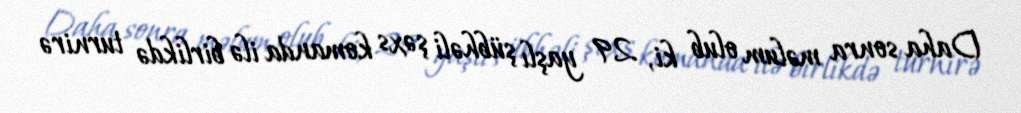
Daha sonra məlum olub ki, 29 yaşlı şübhəli şəxs komanda ilə birlikdə turnirə